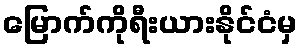
မြောက်ကိုရီးယားနိုင်ငံမှ